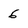
Character: 6